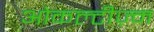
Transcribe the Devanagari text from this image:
ओकल्टीज़्म